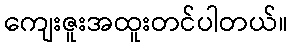
ကျေးဇူးအထူးတင်ပါတယ်။